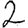
Digit: 2